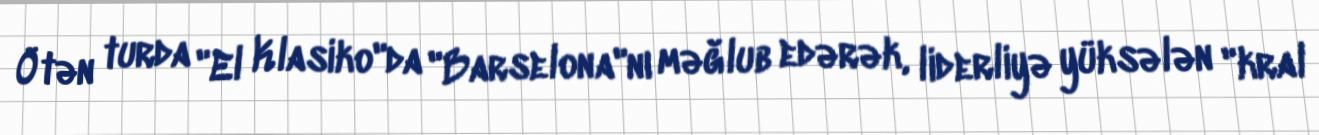
Ötən turda "El Klasiko"da "Barselona"nı məğlub edərək, liderliyə yüksələn "kral